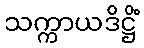
သက္ကာယဒိဋ္ဌိံ